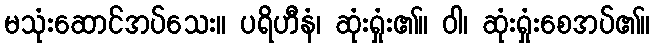
မသုံးဆောင်အပ်သေး။ ပရိဟီနံ၊ ဆုံးရှုံး၏။ ဝါ၊ ဆုံးရှုံးစေအပ်၏။